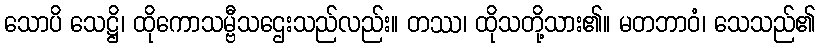
သောပိ သေဋ္ဌိ၊ ထိုကောသမ္ဗီသဌေးသည်လည်း။ တဿ၊ ထိုသတို့သား၏။ မတဘာဝံ၊ သေသည်၏